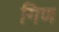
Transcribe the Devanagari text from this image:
गिण